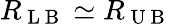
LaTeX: R_{\mathrm{~L~B~}}\simeq R_{\mathrm{~U~B~}}